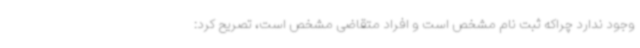
وجود ندارد چراکه ثبت نام مشخص است و افراد متقاضی مشخص است، تصریح کرد: